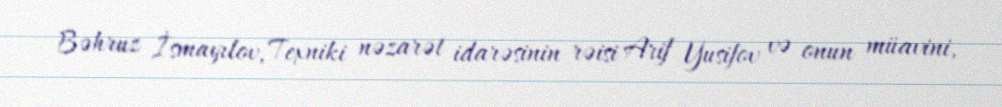
Bəhruz İsmayılov, Texniki nəzarət idarəsinin rəisi Arif Yusifov və onun müavini,